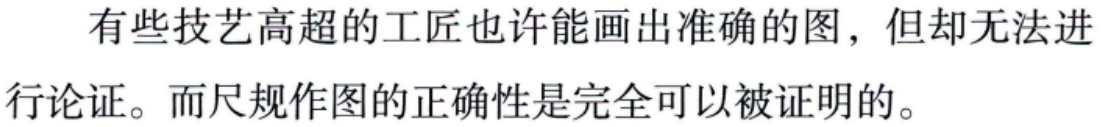
有些技艺高超的工匠也许能画出准确的图，但却无法进行论证。而尺规作图的正确性是完全可以被证明的。